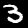
Label: 3